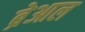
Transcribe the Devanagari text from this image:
ब्रेआल